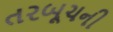
તરબૂચની